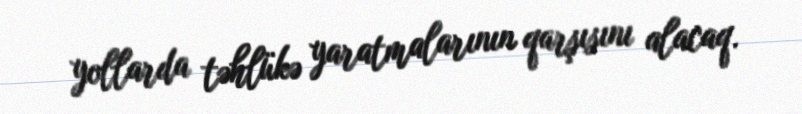
yollarda təhlükə yaratmalarının qarşısını alacaq.